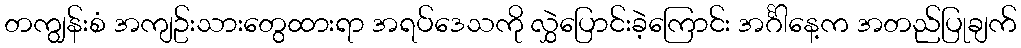
တကျွန်းစံ အကျဥ်းသားတွေထားရာ အရပ်ဒေသကို လွှဲပြောင်းခဲ့ကြောင်း အင်္ဂါနေ့က အတည်ပြုချက်